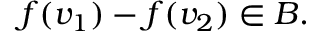
f ( v _ { 1 } ) - f ( v _ { 2 } ) \in B .